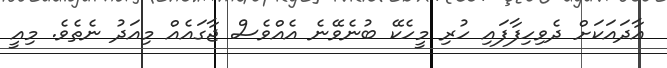
އާދައަކަށް ދެވިހިފާފައި ހުރި މީހެކޭ ބުނެވޭނެ އެއްވެސް ޖާގައެއް މިއަދު ނެތެވެ. މިއީ